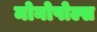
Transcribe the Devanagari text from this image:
मोनोपोल्स